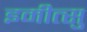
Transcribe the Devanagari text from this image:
इमीत्सु